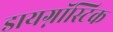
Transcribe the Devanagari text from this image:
डायग्नॉस्टिक